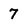
Character: 7